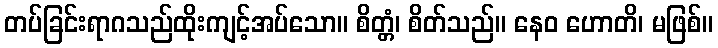
တပ်ခြင်းရာဂသည်ထိုးကျင့်အပ်သော။ စိတ္တံ၊ စိတ်သည်။ နေဝ ဟောတိ၊ မဖြစ်။